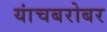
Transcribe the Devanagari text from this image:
यांचबरोबर